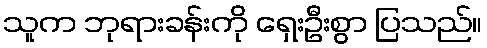
သူက ဘုရားခန်းကို ရှေးဦးစွာ ပြသည်။